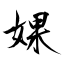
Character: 婐